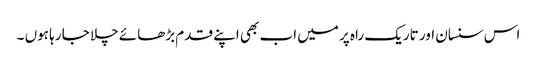
اس سنسان اور تاریک راہ پر میں اب بھی اپنے قدم بڑھائے چلا جا رہا ہوں ۔